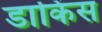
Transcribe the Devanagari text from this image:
डाकिंस